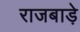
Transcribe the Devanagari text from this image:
राजबाड़े